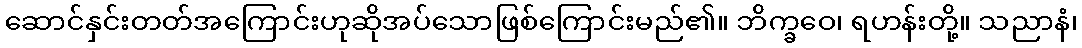
ဆောင်နှင်းတတ်အကြောင်းဟုဆိုအပ်သောဖြစ်ကြောင်းမည်၏။ ဘိက္ခဝေ၊ ရဟန်းတို့။ သညာနံ၊